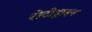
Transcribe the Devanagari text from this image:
रोटोड्राइन